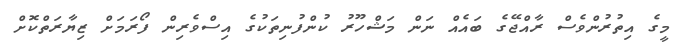
މީގެ އިތުރުންވެސް ރާއްޖޭގެ ބައެއް ނަން މަޝްހޫރު ކުންފުނިތަކުގެ އިސްވެރިން ފޯރަމަށް ޒިޔާރަތްކޮށް